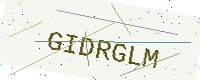
Text: GIDRGLM